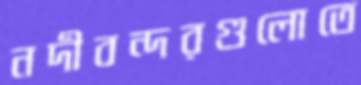
নদীবন্দরগুলোতে